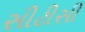
સીટીસી